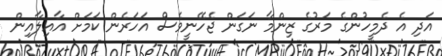
އަދި އެ ދެމީހުންގެ މަރުގެ ޒިންމާ ނަގަން ޖެހޭނީވެސް އަހަރެން ކަމަށް އާއިލާއިން